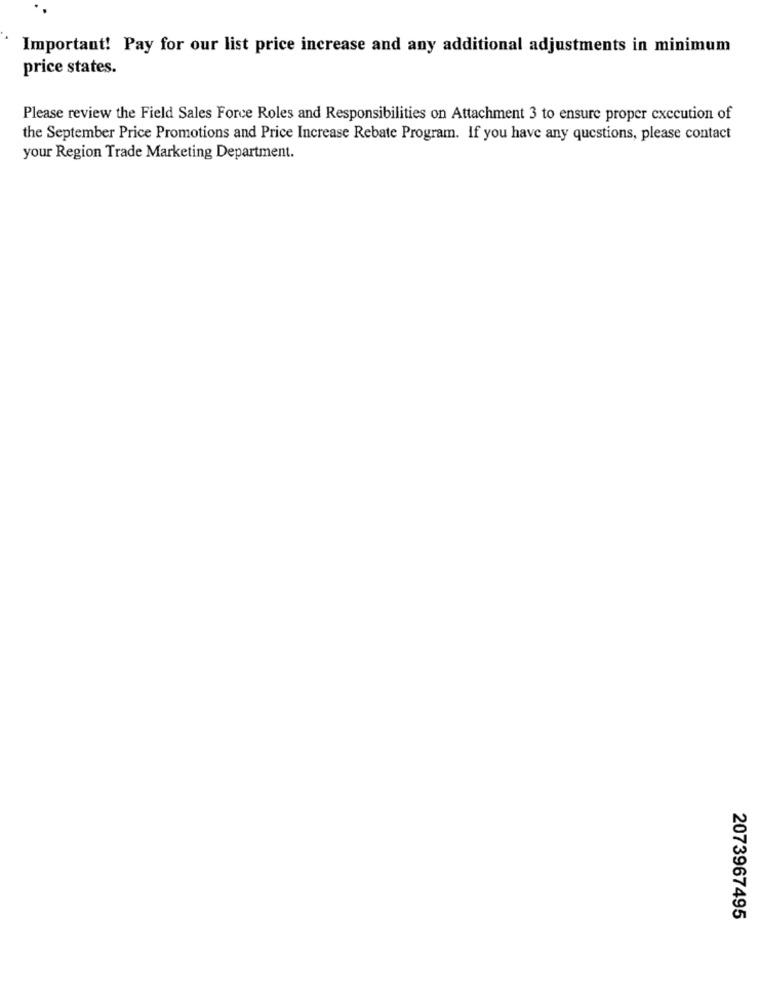
Important! Pay for our list price increase and any additional adjustments in minimum
price states.
Please review the Field Sales Force Roles and Responsibilities on Attachment 3 to ensure proper execution of
the September Price Promotions and Price Increase Rebate Program. If you have any questions, please contact
your Region Trade Marketing Department.
2073967495